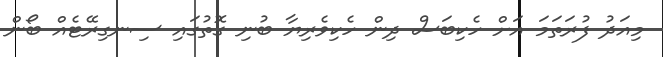
މިއަދު ފުރަތަމަ އަށް ހެކިބަސް ދިން ހެކިވެރިޔާ ބުނި ގޮތުގައި ސިނގިރޭޓެއް ބޯން